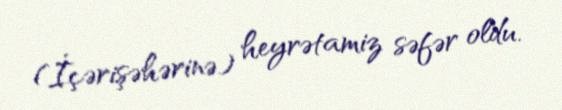
(İçərişəhərinə) heyrətamiz səfər oldu.